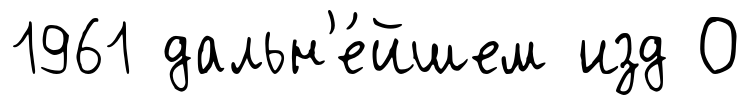
1961 дальн'е́йшем изд О